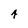
Character: 4